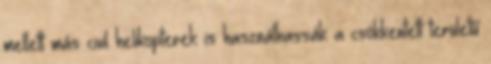
mellett más civil helikopterek is használhassák a csökkentett területű